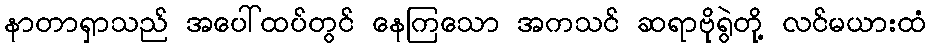
နာတာရှာသည် အပေါ်ထပ်တွင် နေကြသော အကသင် ဆရာဗိုရွဲတို့ လင်မယားထံ